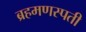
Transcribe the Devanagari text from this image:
ब्रहमणस्पती